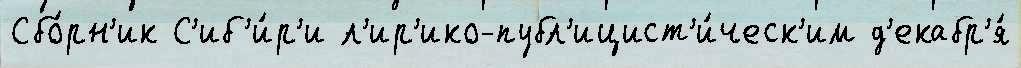
Сбо́рн'ик С'иб'и́р'и л'ир'ико-публ'ицист'и́ческ'им д'екабр'я́